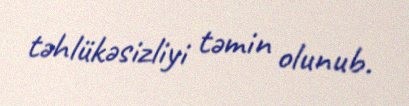
təhlükəsizliyi təmin olunub.